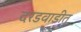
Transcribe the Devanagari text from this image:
दरडवाडीत